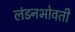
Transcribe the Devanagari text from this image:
लंडनभोवती